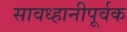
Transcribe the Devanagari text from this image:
सावध्हानीपूर्वक